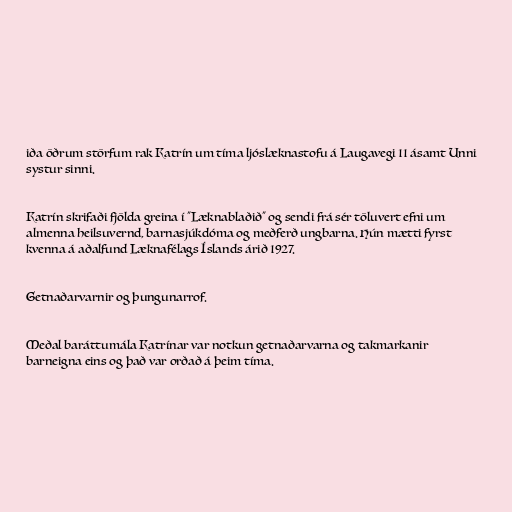
iða öðrum störfum rak Katrín um tíma ljóslæknastofu á Laugavegi 11 ásamt Unni
systur sinni.

Katrín skrifaði fjölda greina í "Læknablaðið" og sendi frá sér töluvert efni um
almenna heilsuvernd, barnasjúkdóma og meðferð ungbarna. Hún mætti fyrst
kvenna á aðalfund Læknafélags Íslands árið 1927.

Getnaðarvarnir og þungunarrof.

Meðal baráttumála Katrínar var notkun getnaðarvarna og takmarkanir
barneigna eins og það var orðað á þeim tíma.